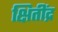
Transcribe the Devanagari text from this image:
क्षितींद्र